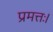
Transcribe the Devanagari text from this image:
प्रमत्तः।